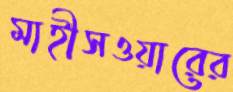
মাহীসওয়ারের